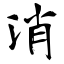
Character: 消